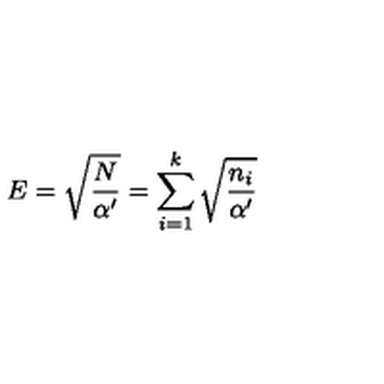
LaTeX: E = \sqrt { \frac { N } { \alpha ^ { \prime } } } = \sum _ { i = 1 } ^ { k } \sqrt { \frac { n _ { i } } { \alpha ^ { \prime } } }